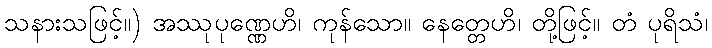
သနားသဖြင့်။) အဿုပုဏ္ဏေဟိ၊ ကုန်သော။ နေတ္တေဟိ၊ တို့ဖြင့်။ တံ ပုရိသံ၊